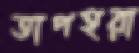
তাপহরা